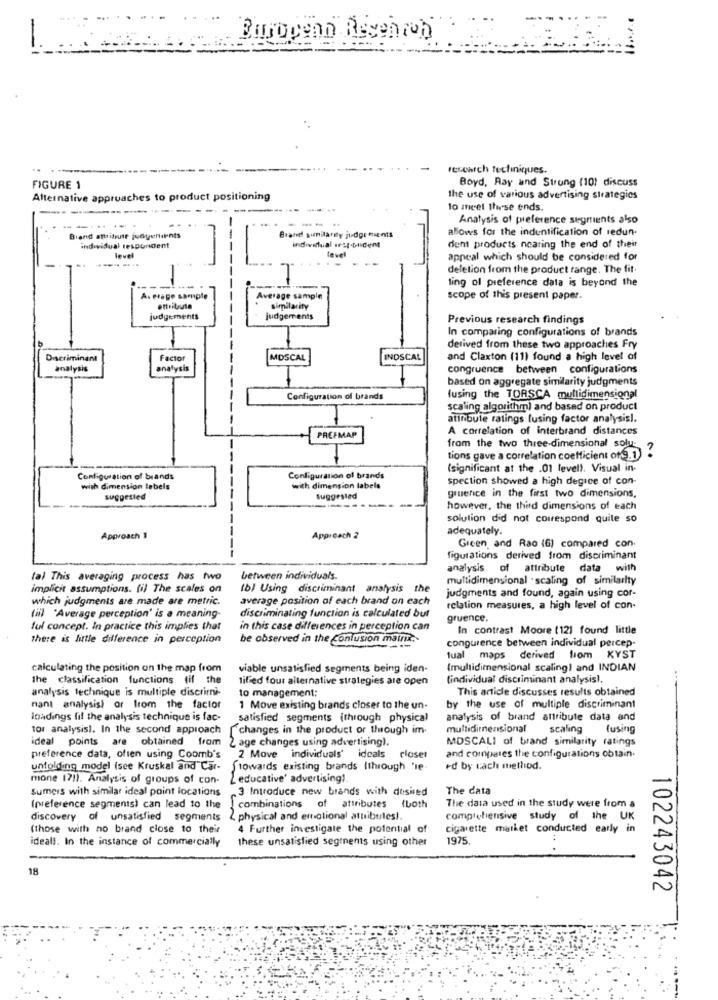
Burogenn Reventon
research techiniques.
Boyd, Ray and Strong (10) discuss
FIGURE 1
Alternative approaches to product positioning
the use of various advertising strategies
---
lo meet these ends.
Analysis of preference segments also
--
allows for the indentification of redun.
Biand attitute juGgentitents
Brandl similarity judge ments
individual respondent
individual instouident
level
dent products nearing the end of their
------
level
appeal which should be considered for
deletion from the product range. The fit
ling of preference data is beyond the
Average sample
Average sample
scope of this present paper.
ottribute
similarity
judgements
judgements
Previous research findings
In comparing configurations of brands
derived from these two approaches Fry
Discriminant
Factor
MOSCAL
INDSCAL
and Claxton (11) found a high level of
analysis
analysis
congruence between configurations
based on aggregate similarity judgments
Configuration of brands
fusing the TORSCA multidimensional
scaling algorithm) and based on product
atinbule ratings fusing factor analysisl.
A correlation of interbrand distances
PREFMAP
from the two three-dimensional solu-
tions gave a correlation coefficient of ED
(significant at the .01 level). Visual in-
Configuration of brands
Configuration of brands
spection showed a high degree of con-
with dimension labels
with dimension labels
suggested
suggested
gruence in the first two dimensions,
however, the third dimensions of each
solution did not correspond quite so
adequately.
Approach 1
Approach 2
Green and Rao (6) compared con.
figurations derived from discriminant
analysis of attribute data with
fal This averaging process has two
between individuals.
multidimensional . scaling of similarity
implicit assumptions. (il The scales on
(b) Using discriminant analysis the
which judgments are made are metric.
average position of each brand on each
judgments and found, again using cor-
discriminating function is calculated but
relation measures, a high level of con-
(il "Average perception' is a meaning-
gruence.
ful concept. In practice this implies that
in this case differences in perception can
In contrast Moore (121 found little
there is little difference in perception
be observed in the confusion matrix,
congurence between individual percep-
tual maps derived liom KYST
calculating the position on the map from
viable unsatisfied segments being iden-
(multidimensional scaling) and INDIAN
the classification functions (if the
lified four alternative strategies are open
(individual discriminant analysis).
analysis technique is multiple discrimi-
to management:
This article discusses results obtained
nant analysis) or from the factor
1 Move existing brands closer to the un-
by the use of multiple discriminant
loadings fif the analysis technique is fac-
satisfied segments (through physical
analysis of brand attribute data and
to1 analysis). In the second approach changes in the product or through im-
multidimensional
scaling
fusing
ideal points are obtained from 2 age changes using advertising).
MDSCALI of brand similarity ratings
preference data, often using Coomb's
2 Move individuals' idcals
closet
and compares the configurations obtain.
unfolding model (see Kruskal and" Car-
towards existing brands (through "se
+d by cach method.
mone 171). Analysis of groups of con-
Z educative' advertising!
Summers with similar ideal point locations
3 Introduce new brands with desired
The data
The data used in the study were from a
(preference segments) can lead to the
combinations of attributes (both
discovery of unsatisfied segments
2 physical and emotional attributes !.
comprehensive study of the UK
(those with no brand close to their
4 Further investigate the potential of
cigarette malket conducted early in
ideals. In the instance of commercially
these unsatisfied segments using other
1975.
18
102243042